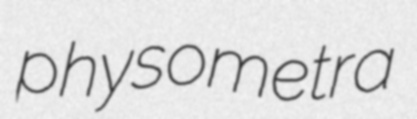
physometra